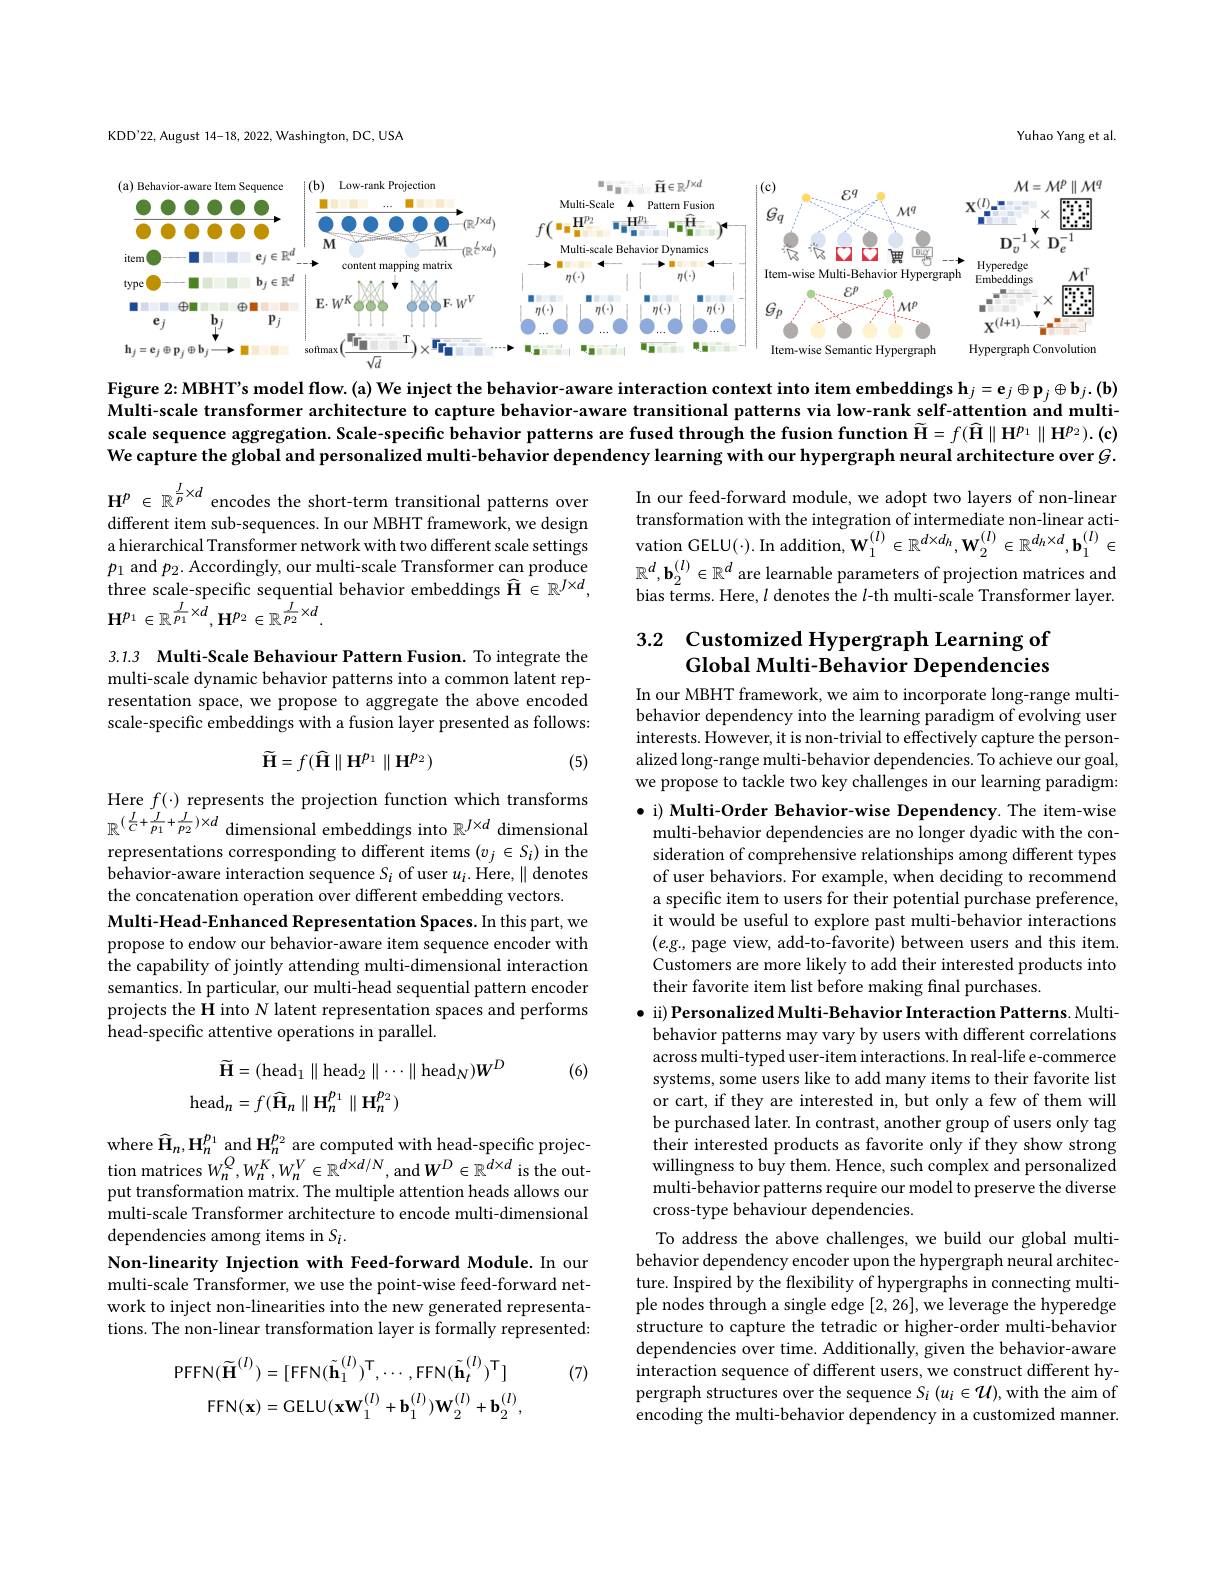
Yuhao Yang et al.

KDD'22, August 14-18, 2022, Washington, DC, USA

<FigureHere>

Figure 2:MBHT's model flow.(a) We inject the behavior-aware interaction context into item embeddings $\mathbf{h}_j=\mathbf{e}_j\oplus\mathbf{p}_j\oplus\mathbf{b}_j.(\mathbf{b})$ Multi-scale transformer architecture to capture behavior-aware transitional patterns via low-rank self-attention and multiscale sequence aggregation. Scale-specific behavior patterns are fused through the fusion function $\widetilde{\mathbf{H}}=f(\widehat{\mathbf{H}}\parallel\mathbf{H}^{p_1}\parallel\mathbf{H}^{p_2}).(\mathbf{c})$ We capture the global and personalized multi-behavior dependency learning with our hypergraph neural architecture over $G.$

In our feed-forward module, we adopt two layers of non-linear transformation with the integration of intermediate non-linear activation GELU(·). In addition, $\mathbf{W}_{1}^{(l)}\in\mathbb{R}^{d\times d_{h}},\mathbf{W}_{2}^{(l)}\in\mathbb{R}^{d_{h}\times d},\mathbf{b}_{1}^{(l)}\in$ $\mathbb{R}^d,\mathbf{b}_2^{(l)}\in\mathbb{R}^d$ are learnable parameters of projection matrices and bias terms. Here, $l$ denotes the $l$-th multi-scale Transformer layer.

$\mathbf{H}^p\in\mathbb{R}^{\frac Jp\times d}$ encodes the short-term transitional patterns over different item sub-sequences. In our MBHT framework, we design a hierarchical Transformer network with two different scale settings $p_1$ and $p_2.$ Accordingly, our multi-scale Transformer can produce three scale-specific sequential behavior embeddings $\widehat{\mathbf{H}}\in\mathbb{R}^{J\times d}$, $\mathbf{H}^{p_1}\in\mathbb{R}^{\frac{I}{p_1}\times d},\mathbf{H}^{p_2}\in\mathbb{R}^{\frac{J}{p_2}\times d}.$

## 3.2 Customized Hypergraph Learning of Global Multi-Behavior Dependencies

3.1.3 Multi-Scale Behaviour Pattern Fusion. To integrate the multi-scale dynamic behavior patterns into a common latent representation space, we propose to aggregate the above encoded scale-specific embeddings with a fusion layer presented as follows:

In our MBHT framework, we aim to incorporate long-range multibehavior dependency into the learning paradigm of evolving user interests. However, it is non-trivial to effectively capture the personalized long-range multi-behavior dependencies. To achieve our goal, we propose to tackle two key challenges in our learning paradigm:
$$\widetilde{\mathbf{H}}=f(\widehat{\mathbf{H}}\parallel\mathbf{H}^{p_1}\parallel\mathbf{H}^{p_2})$$
(5)

$\bullet$ i) Multi-Order Behavior-wise Dependency. The item-wise multi-behavior dependencies are no longer dyadic with the consideration of comprehensive relationships among different types of user behaviors. For example, when deciding to recommend a specific item to users for their potential purchase preference, it would be useful to explore past multi-behavior interactions $(e.g.$,page view, add-to-favorite) between users and this item. Customers are more likely to add their interested products into their favorite item list before making final purchases.

Here $f(\cdot)$ represents the projection function which transforms $\mathbb{R}^{(\frac{J}{C}+\frac{J}{p_{1}}+\frac{J}{p_{2}})\times d}$ dimensional embeddings into $\mathbb{R}^{J\times d}$ dimensional representations corresponding to different items $(v_j\in S_i)$ in the $\hat{\text{behavior-aware interaction sequence }S_i}$ of user $u_i.$ Here, $\parallel$denotes the concatenation operation over different embedding vectors.
Multi-Head-Enhanced Representation Spaces. In this part, we propose to endow our behavior-aware item sequence encoder with the capability of jointly attending multi-dimensional interaction semantics. In particular, our multi-head sequential pattern encoder projects the H into N latent representation spaces and performs head-specific attentive operations in parallel.

(6)

$\bullet$ ii) Personalized Multi-Behavior Interaction Patterns. Multibehavior patterns may vary by users with different correlations across multi-typed user-item interactions. In real-life e-commerce systems, some users like to add many items to their favorite list or cart, if they are interested in, but only a few of them will be purchased later. In contrast, another group of users only tag their interested products as favorite only if they show strong willingness to buy them. Hence, such complex and personalized multi-behavior patterns require our model to preserve the diverse cross-type behaviour dependencies.
To address the above challenges, we build our global multibehavior dependency encoder upon the hypergraph neural architec- $\hat{\text{ture. Inspired by the flexibility of hypergraphs in connecting multi-}}$ ple nodes through a single edge [2,26],we leverage the hyperedge structure to capture the tetradic or higher-order multi-behavior dependencies over time. Additionally, given the behavior-aware interaction sequence of different users, we construct different hypergraph structures over the sequence $S_i\left(u_i\in\mathcal{U}\right)$,with the aim of encoding the multi-behavior dependency in a customized manner.
$$\begin{aligned}\widetilde{\mathbf{H}}&=(\mathrm{head}_{1}\parallel\mathrm{head}_{2}\parallel\cdots\parallel\mathrm{head}_{N})\boldsymbol{W}^{D}\\\mathrm{head}_{n}&=f(\widehat{\mathbf{H}}_{n}\parallel\mathbf{H}_{n}^{p_{1}}\parallel\mathbf{H}_{n}^{p_{2}})\end{aligned}$$
where $\widehat{\mathbf{H}}_n,\mathbf{H}_n^{p_1}$ and H$_n^{p_2}$ are computed with head-specific projection matrices $W_{n}^{Q},W_{n}^{K},W_{n}^{V}\in\mathbb{R}^{d\times d/N}$, and $W^D\in\mathbb{R}^{d\times d}$ is the output transformation matrix. The multiple attention heads allows our multi-scale Transformer architecture to encode multi-dimensional dependencies among items in $S_i.$
Non-linearity Injection with Feed-forward Module. In our multi-scale Transformer, we use the point-wise feed-forward network to inject non-linearities into the new generated representations. The non-linear transformation layer is formally represented:

(7)
$$\mathrm{PFFN}(\tilde{\mathbf{H}}^{(l)})=[\mathrm{FFN}(\tilde{\mathbf{h}}_{1}^{(l)})^{\mathsf{T}},\cdots,\mathrm{FFN}(\tilde{\mathbf{h}}_{t}^{(l)})^{\mathsf{T}}]\\\mathrm{FFN}(\mathbf{x})=\mathrm{GELU}(\mathbf{xW}_{1}^{(l)}+\mathbf{b}_{1}^{(l)})\mathbf{W}_{2}^{(l)}+\mathbf{b}_{2}^{(l)},$$